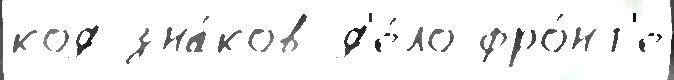
код зна́ков д'е́ло фро́нт'е